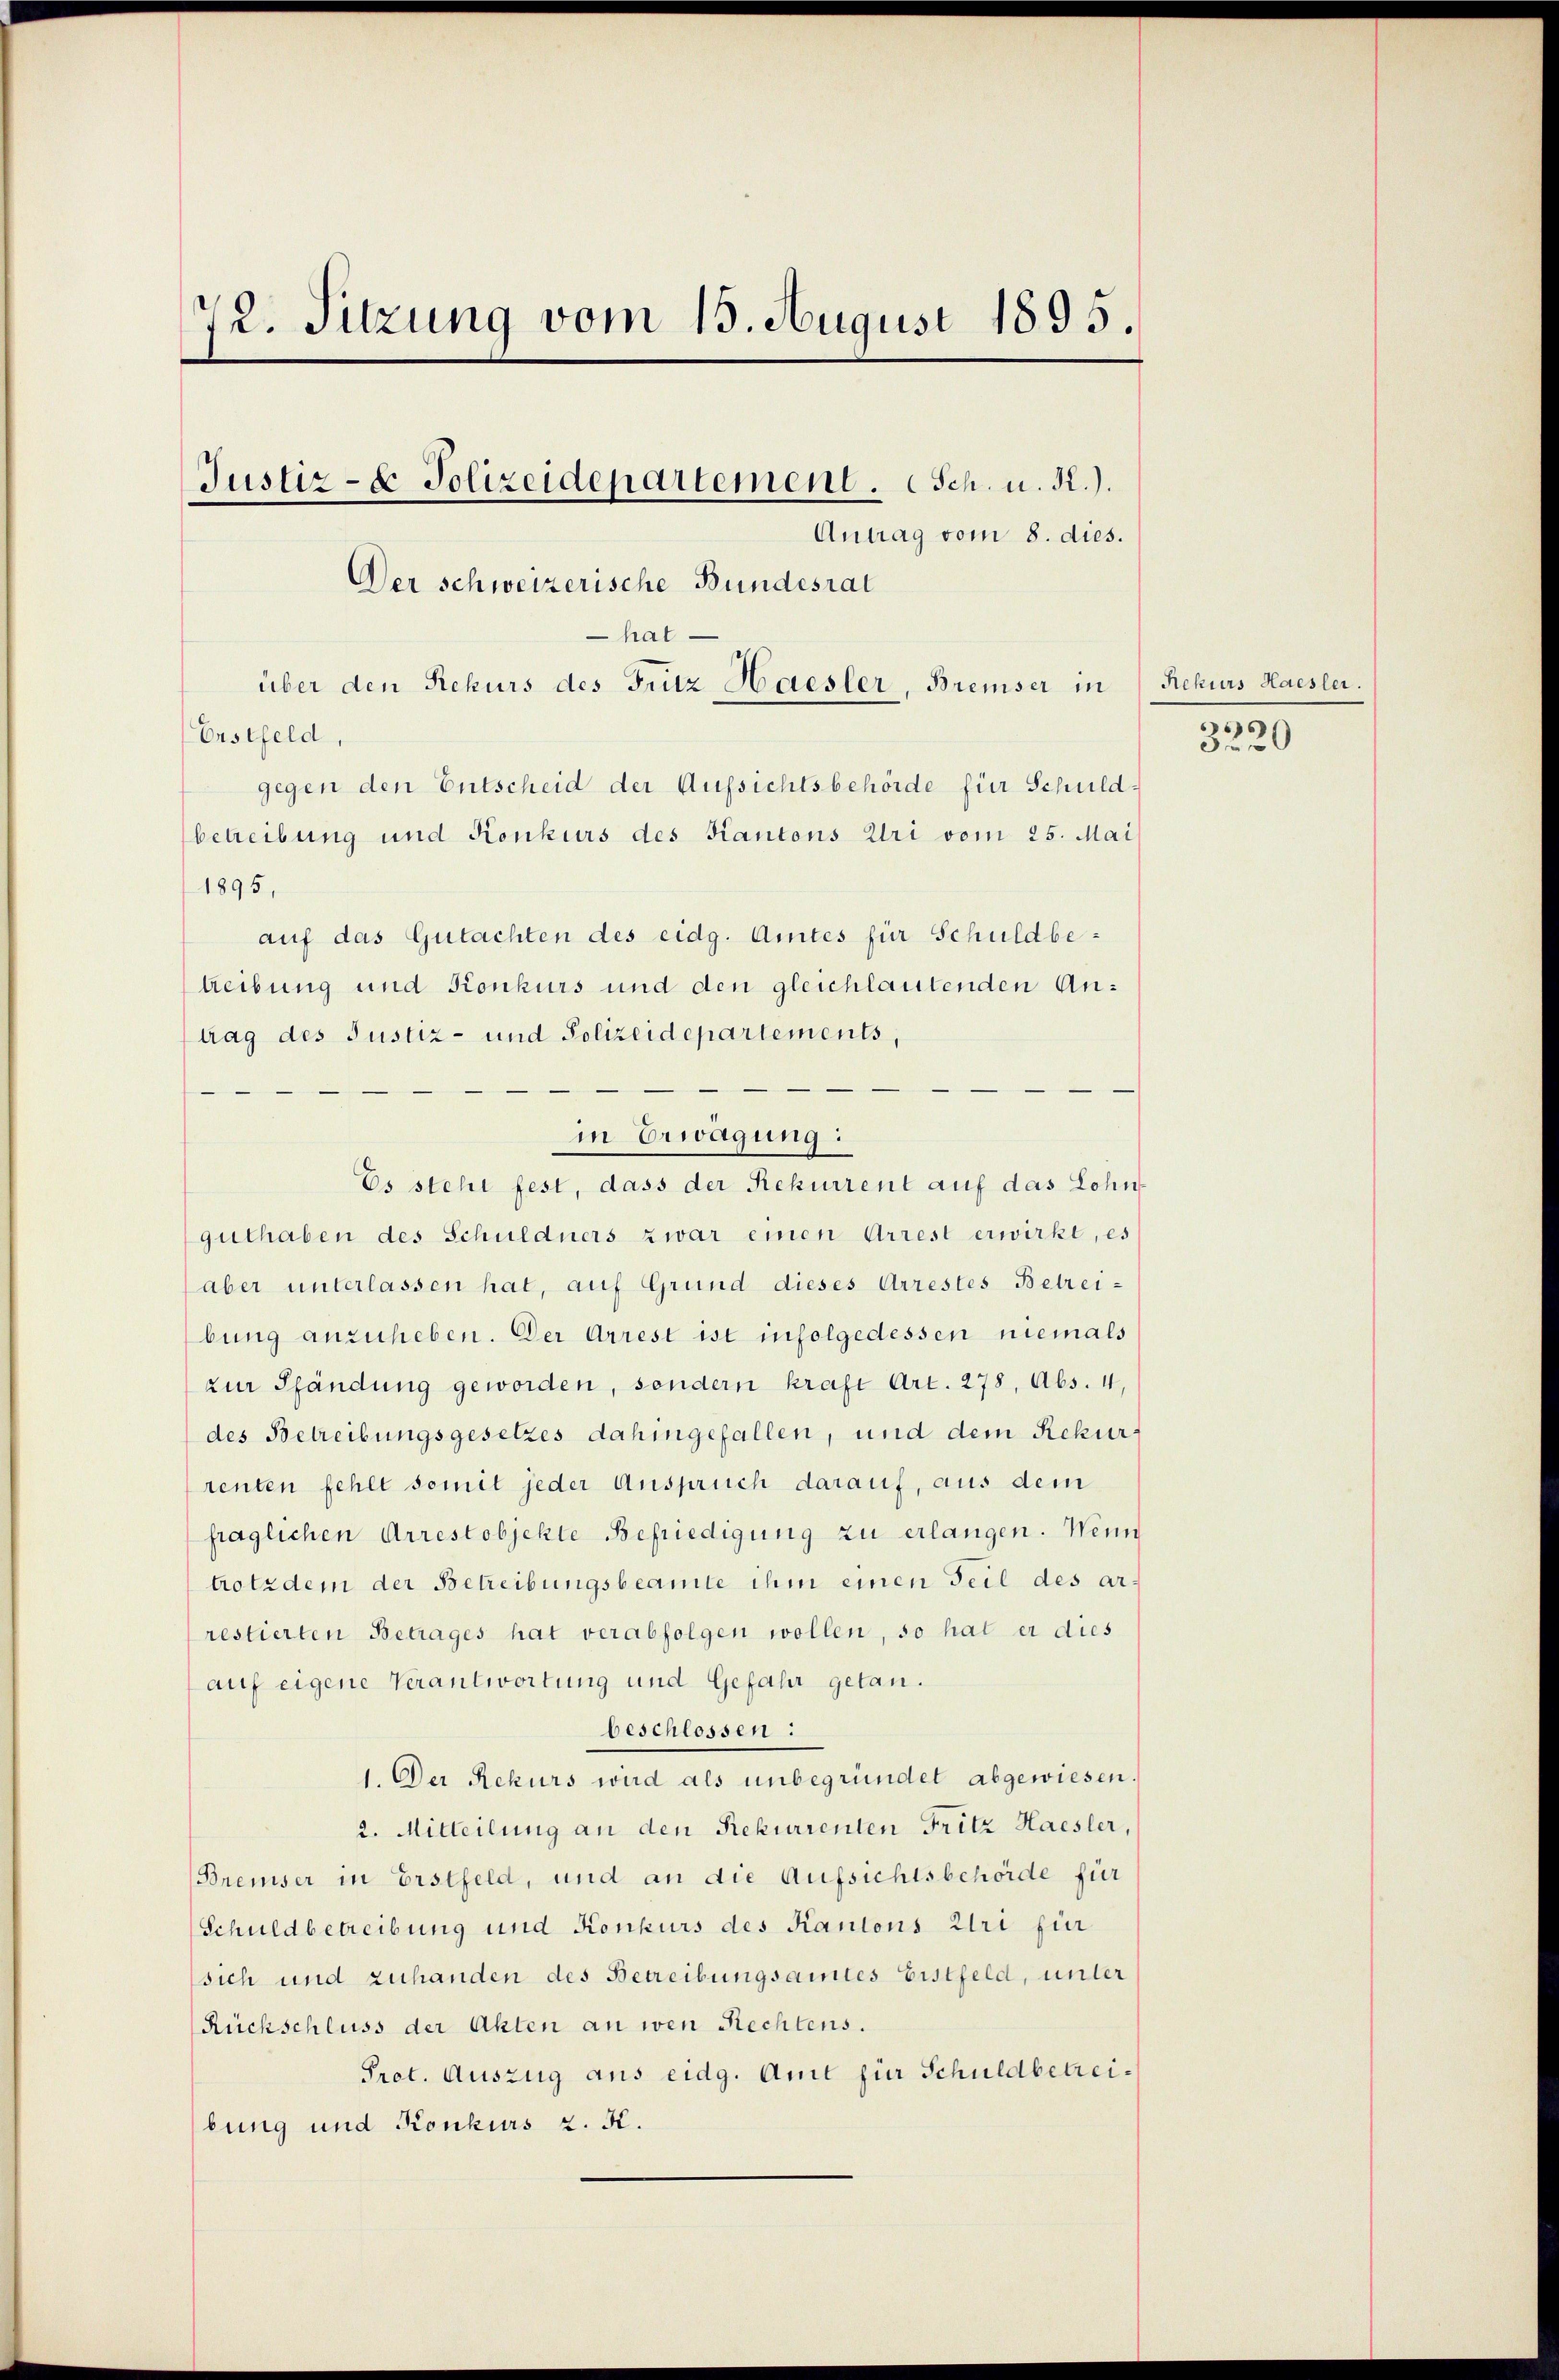
72. Sitzung vom 15. August 1895.
Justiz- & Polizeidepartement. Sch. u. R.).
Der schweizerische Bundesrat
hat
über den Rekurs des Fritz Haesler, Bremiser in
Erstfeld,
gegen den Entscheid der Aufsichtsbehörde für Schuldbetreibung und Konkurs des Kantons Uri vom 25. Mai

1895,

auf das Gutachten des eidg. Amtes für Schuldbe¬

in Erwägung:
Es steht fest, dass der Rekurrent auf das Lohr

Antrag vom 8. dies.

treibung und Konkurs und den gleichlautenden Antrag des Justiz- und Polizeidepartements,
guthaben des Schuldners zwar einen Arrest erwirkt, es
aber unterlassen hat, auf Grund dieses Arrestes Betreibung anzuheben. Der Arrest ist infolgedessen niemals
zur Pfändung geworden, sondern kraft Art. 278, Abs. 4,
des Betreibungsgesetzes dahingefallen, und dem Rekurrenten fehlt somit jeder Anspruch darauf, aus dem
fraglichen Arrestobjekte Befriedigung zu erlangen. Wein
trotzdem der Betreibungsbeamte ihm einen Teil des arrestierten Betrages hat verabfolgen wollen, so hat er dies
auf eigene Verantwortung und Gefahr getan.
beschlossen:
1. Der Rekurs wird als unbegründet abgewiesen
2. Mitteilung an den Rekurrenten Fritz Haesler,
Breiser in Erstfeld, und an die Aufsichtsbehörde für
Schuldbetreibung und Konkurs des Kantons Uri für
sich und zuhanden des Betreibungsamtes Eistfeld, unter
Rückschluss der Akten an wen Rechtens.
Pret. Auszug aus eidg. Amt für Schuldbetreibung und Konkurs z. K.

Rekurs Haesler.
)
32